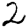
Digit: 2